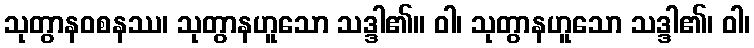
သုတွာနဝစနဿ၊ သုတွာနဟူသော သဒ္ဒါ၏။ ဝါ၊ သုတွာနဟူသော သဒ္ဒါ၏၊ ဝါ၊